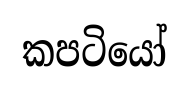
කපටියෝ